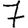
Digit: 7